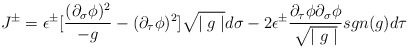
\begin{align*}J^\pm = \epsilon^\pm[\frac{(\partial_\sigma \phi)^2}{- g} -(\partial_\tau \phi)^2]{\sqrt{\mid g \mid}} d\sigma - 2\epsilon^\pm \frac{{\partial_\tau}\phi{\partial_\sigma}\phi}{\sqrt{\mid g \mid}} sgn(g) d\tau\end{align*}